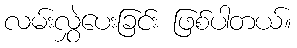
လမ်းလွှဲပေးခြင်း ဖြစ်ပါတယ်။